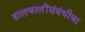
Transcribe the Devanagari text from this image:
हालचालींसंबंधीचा